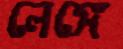
লেঙ্গে